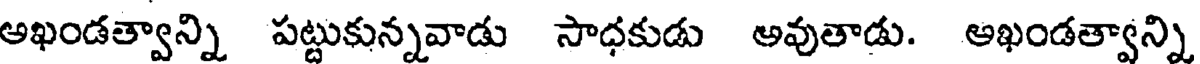
అఖండత్వాన్ని పట్టుకున్నవాడు సాధకుడు అవుతాడు. అఖండత్వాన్ని